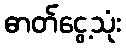
ဓာတ်ငွေ့သုံး